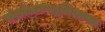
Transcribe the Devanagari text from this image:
संशोधनपद्धतिशास्त्र